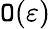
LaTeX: \mathtt{O}(\varepsilon)